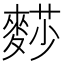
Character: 𪍋